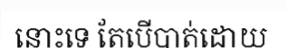
នោះទេ តែបើបាត់ដោយ